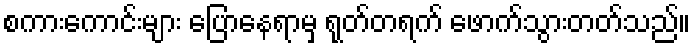
စကားကောင်းများ ပြောနေရာမှ ရုတ်တရက် ဖောက်သွားတတ်သည်။